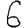
Digit: 6